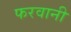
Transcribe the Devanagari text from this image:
फरवानी